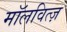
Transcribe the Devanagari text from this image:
मॉलवित्ज़